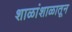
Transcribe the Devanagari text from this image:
शाळांशाळातून